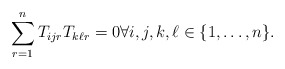
\begin{align*}\sum_{r=1}^n{T_{ijr}T_{k\ell r}} = 0 \forall i,j,k, \ell \in \{1,\ldots,n\}.\end{align*}